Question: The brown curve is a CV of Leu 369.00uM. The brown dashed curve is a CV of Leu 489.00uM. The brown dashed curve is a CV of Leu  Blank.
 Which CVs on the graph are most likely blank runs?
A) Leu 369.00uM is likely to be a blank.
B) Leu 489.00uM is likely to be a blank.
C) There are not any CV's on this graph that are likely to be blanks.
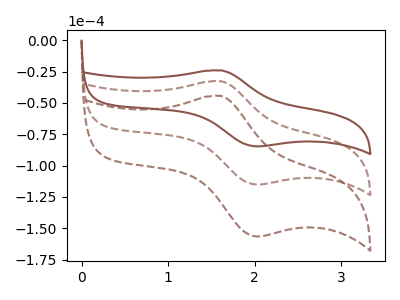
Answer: <think>The brown curve "Leu 369.00uM" has an anodic peak at (1.60V, -24.00uA) and a cathodic peak at (2.05V, -84.65uA). The brown dashed curve "Leu 489.00uM" has an anodic peak at (1.60V, -32.65uA) and a cathodic peak at (2.05V, -115.10uA). The brown dashed curve "Leu  Blank" has an anodic peak at (1.60V, -65.25uA) and a cathodic peak at (2.05V, -230.25uA).</think>
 <answer>C) There are not any CV's on this graph that are likely to be blanks.</answer>
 <eval>C</eval>